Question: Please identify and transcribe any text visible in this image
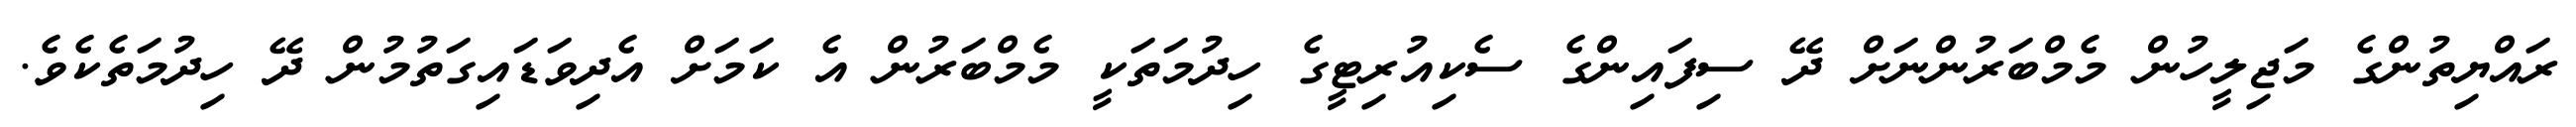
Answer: ރައްޔިތުންގެ މަޖިލީހުން މެމްބަރުންނަށް ދޭ ސިފައިންގެ ސެކިއުރިޓީގެ ހިދުމަތަކީ މެމްބަރުން އެ ކަމަށް އެދިވަޑައިގަތުމުން ދޭ ހިދުމަތެކެވެ.